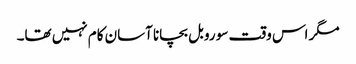
مگر اس وقت سو روبل بچانا آسان کام نہیں تھا۔